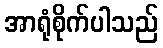
အာရုံစိုက်ပါသည်